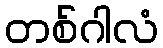
တစ်ဂါလံ